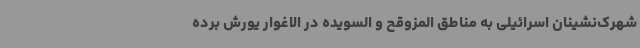
شهرک‌نشینان اسرائیلی به مناطق المزوقح و السویده در الاغوار یورش برده